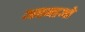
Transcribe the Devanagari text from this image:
अपनाओ